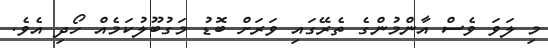
މި ލަވަ ވެސް އާންމުންގެ ތެރޭގައި ވަރަށް ބޮޑު މަގުބޫލުކަމެއް ހޯދި އެވެ.